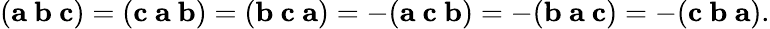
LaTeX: (\mathbf{a}\ \mathbf{b}\ \mathbf{c})=(\mathbf{c}\ \mathbf{a}\ \mathbf{b})=(\mathbf{b}\ \mathbf{c}\ \mathbf{a})=-(\mathbf{a}\ \mathbf{c}\ \mathbf{b})=-(\mathbf{b}\ \mathbf{a}\ \mathbf{c})=-(\mathbf{c}\ \mathbf{b}\ \mathbf{a}).